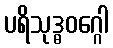
ပရိသုဒ္ဓဝဂ္ဂေါ